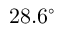
2 8 . 6 ^ { \circ }